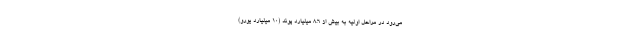
می‌رود در مراحل اولیه به بیش از 8.6 میلیارد پوند (10 میلیارد یورو)